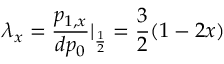
\lambda _ { x } = \frac { p _ { 1 , x } } { d p _ { 0 } } \vert _ { \frac { 1 } { 2 } } = \frac { 3 } { 2 } ( 1 - 2 x )